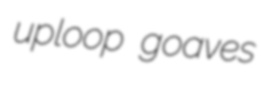
uploop goaves